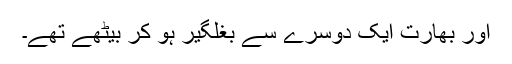
اور بھارت ایک دوسرے سے بغلگیر ہو کر بیٹھے تھے۔